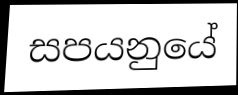
සපයනුයේ